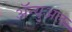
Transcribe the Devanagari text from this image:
ॲन्युअल